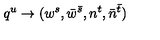
q ^ { u } \to ( w ^ { s } , \bar { w } ^ { \bar { s } } , n ^ { t } , \bar { n } ^ { \bar { t } } )